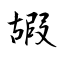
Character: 嘏